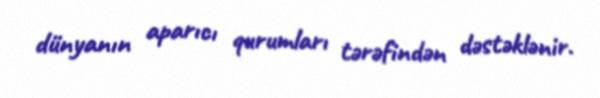
dünyanın aparıcı qurumları tərəfindən dəstəklənir.